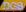
DGB